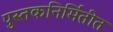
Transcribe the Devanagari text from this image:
पुस्तकनिर्मितीत